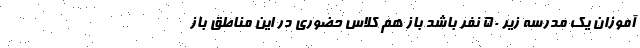
آموزان یک مدرسه زیر ۵۰ نفر باشد باز هم کلاس حضوری در این مناطق باز